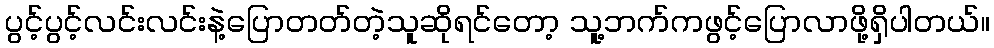
ပွင့်ပွင့်လင်းလင်းနဲ့ပြောတတ်တဲ့သူဆိုရင်တော့ သူ့ဘက်ကဖွင့်ပြောလာဖို့ရှိပါတယ်။